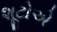
શૂટોએ